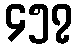
၄၅၇